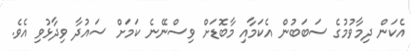
އެކަން ދިމާވުމުގެ ސަބަބުން އެކަމާއި މާބޮޑަށް ވިސްނޭނެ ކަމަށް ސައުދާ ވިދާޅުވި އެވެ.